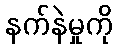
နက်နဲမှုကို